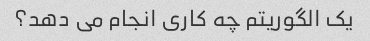
یک الگوریتم چه کاری انجام می دهد؟